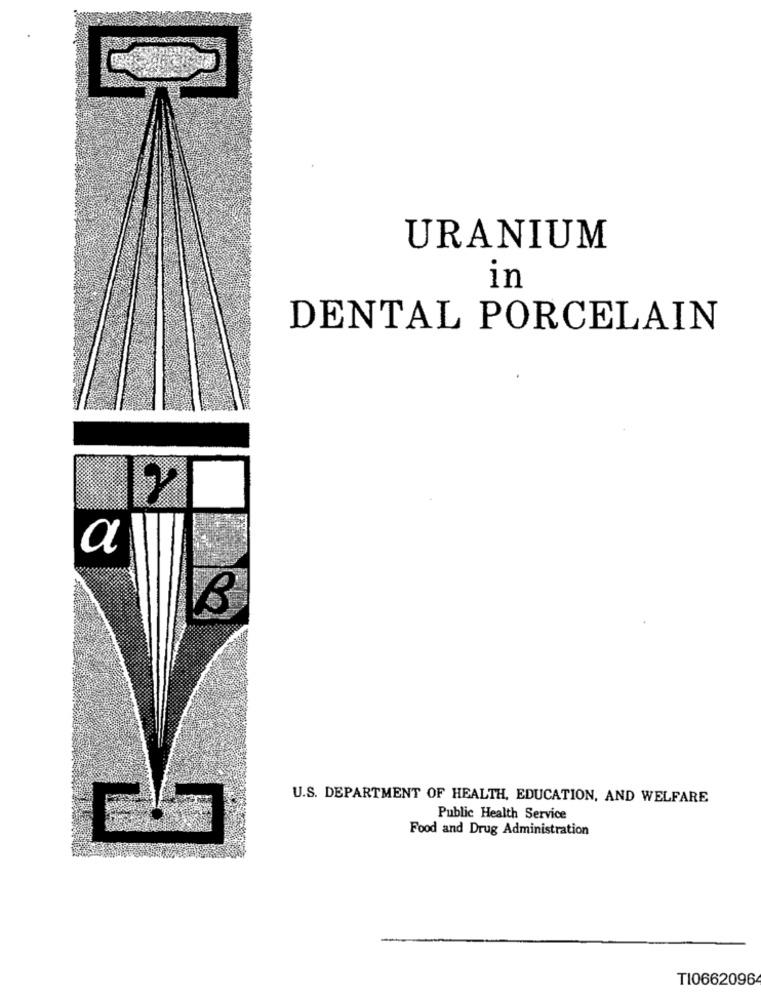
URANIUM
in
DENTAL PORCELAIN
a
U.S. DEPARTMENT OF HEALTH, EDUCATION, AND WELFARE
Public Health Service
Food and Drug Administration
TI06620964